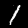
Digit: 1